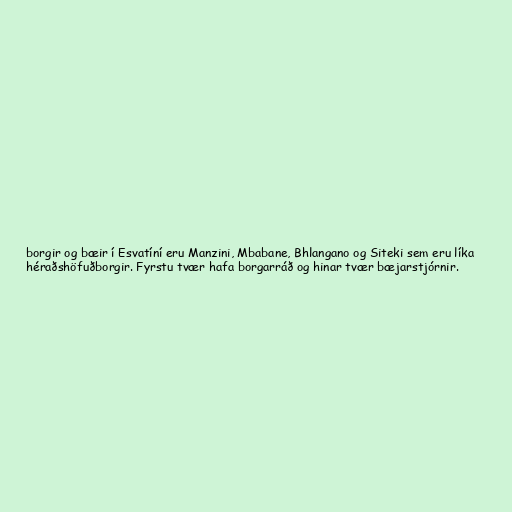
borgir og bæir í Esvatíní eru Manzini, Mbabane, Bhlangano og Siteki sem eru líka
héraðshöfuðborgir. Fyrstu tvær hafa borgarráð og hinar tvær bæjarstjórnir.